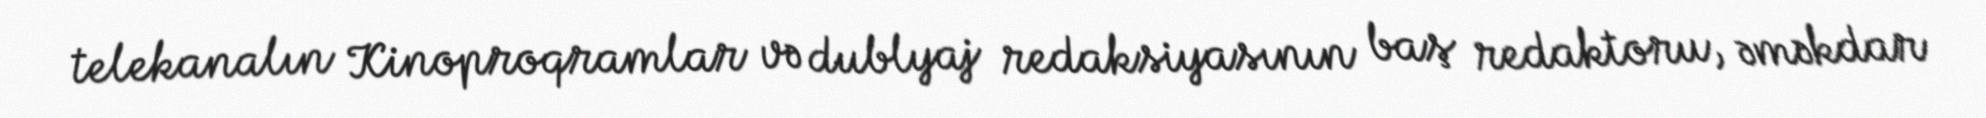
telekanalın Kinoproqramlar və dublyaj redaksiyasının baş redaktoru, əməkdar